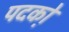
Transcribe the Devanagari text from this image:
पदको़